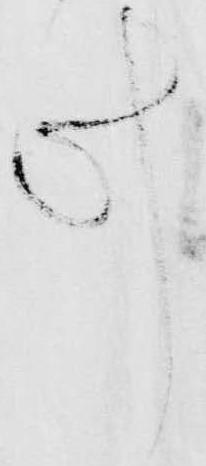
け